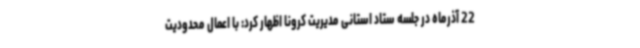
22 آذرماه در جلسه ستاد استانی مدیریت کرونا اظهار کرد: با اعمال محدودیت